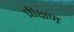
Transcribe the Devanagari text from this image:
प्रीक्षण